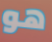
هو